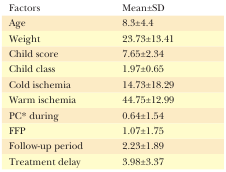
| Factors | Mean±SD |
 | --- | --- |
 | Age | 8.3±4.4 |
 | Weight | 23.73±13.41 |
 | Child score | 7.65±2.34 |
 | Child class | 1.97±0.65 |
 | Cold ischemia | 14.73±18.29 |
 | Warm ischemia | 44.75±12.99 |
 | PC* during | 0.64±1.54 |
 | FFP | 1.07±1.75 |
 | Follow-up period | 2.23±1.89 |
 | Treatment delay | 3.98±3.37 |